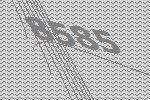
8585